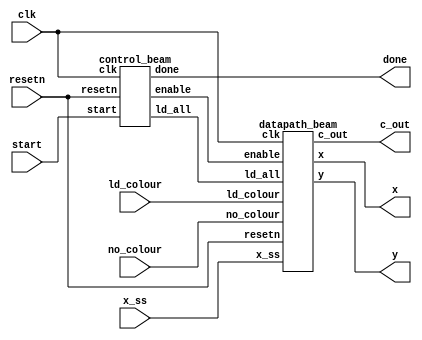
module beam(
		input clk,
		input resetn,
		input no_colour,
		input ld_colour,
		input start,
		input[7:0] x_ss,
		
		output [7:0] x,
		output [6:0] y,
		output [2:0] c_out,
		output done);
		
		
		wire ld_all, enable;
		
		datapath_beam d0(
			 .clk(clk),
			 .resetn(resetn),
			 .ld_all(ld_all),
			 .enable(enable),
			 .no_colour(no_colour),
			 .ld_colour(ld_colour),
			 .x_ss(x_ss),

			 .x(x),
			 .y(y),
			 .c_out(c_out));
			 
			 
		control_beam c0(
			 .clk(clk),
			 .resetn(resetn),
			 .start(start),

			 .ld_all(ld_all),
			 .enable(enable),
			 .done(done));
			 
		
endmodule



module datapath_beam(
    input clk,
    input resetn,
    input ld_all,
	 input enable,
	 input no_colour,
	 input ld_colour,
	 input [7:0] x_ss,

    output reg [7:0] x,
	 output reg [6:0] y,
	 output reg [2:0] c_out);

	 reg [7:0] x_hold;
	 reg [6:0] y_hold;
	 reg [2:0] c_hold;
	 
	 // Coordinates to draw on (a Veritcal line)
	 reg [9:0] counter;
	 reg [1:0] x_offset;
	 reg [6:0] y_offset;
	 reg double;

    // Registers x, y, c with respective input logic
    always @ (posedge clk) begin
        if (!resetn)
		  begin
            x <= 8'd0;
            y <= 7'd0;
            c_out <= 3'd0;
        end
		  else if (enable)
		  begin
				x <= x_hold + x_offset;
				y <= y_hold + y_offset;
				c_out <= c_hold;
		  end
    end

	 // Registers x_hold, y_hold, c_hold with respective input logic
    always @ (posedge clk) begin
        if (!resetn)
		  begin
            x_hold <= 8'd0;
            y_hold <= 7'd0;
				c_hold <= 3'd0;
        end
		  else if (ld_all)
		  begin
				x_hold <= x_ss;
				y_hold <= 7'd0;
		  end
		  if (ld_colour)
		  begin
			  if (no_colour)
					c_hold <= 3'd0;
			  else
					c_hold <= 3'd2;
		  end
    end
	 
	 

	 always@(posedge clk)
    begin: x_y_counter
        if(!resetn | !enable)
		  begin
            counter <= 10'd0;
				x_offset <= 2'd0;
				y_offset <= 7'd0;
		  end
        else if (enable)
		  begin
				if (double == 1'd1)
				begin
					double <= 1'd0;
				end
				else if (counter == 10'd459)
				begin
					counter <= 10'd0;
					x_offset <= 2'd0;
					y_offset <= 7'd0;
					double <= 1'd1;
				end
				
				else if (x_offset == 2'd3)
				begin
					x_offset <= 2'd0;
					y_offset <= y_offset + 1'd1;
					counter <= counter + 1'd1;
					double <= 1'd1;
				end

				else
				begin
					x_offset <= x_offset + 1'd1;
					counter <= counter + 1'd1;
					double <= 1'd1;
				end
		  end
    end // increment

endmodule



module control_beam(
    input clk,
    input resetn,
	 input start,

    output reg ld_all,
	 output reg enable,
	 output reg done);

    reg [4:0] current_state, next_state;
	 reg [10:0] counter;

	 wire wait_plot = (counter > 11'd919);

    localparam  S_DRAW       = 5'd0,
					 S_DONE       = 5'd1,
					 S_INITIAL    = 5'd2,

					 S_START        = 5'd3,
					 S_START_WAIT   = 5'd4;


	   // Next state logic aka our state table for plotting
    always@(*)
    begin: state_table
            case (current_state)
                S_START: next_state = start ? S_DRAW : S_START;
					 S_DRAW: next_state = wait_plot ? S_DONE : S_DRAW;
					 S_DONE: next_state = S_START;
            default:     next_state = S_START;
        endcase
    end // state_table



    // Output logic aka all of our datapath control signals
    always @(*)
    begin: enable_signals
        // By default make all our signals 0
        ld_all = 1'b0;
		  enable = 1'b0;
		  done = 1'b0;
		  case (current_state)
				  S_START:
				  begin
						ld_all = 1'b1;
				  end
				  S_DRAW:
				  begin
						enable = 1'b1;
				  end
				  S_DONE:
				  begin
						done = 1'b1;
				  end
				default: enable = 1'b0;
		  endcase
    end

	 always@(posedge clk)
    begin: sixteen_counter
        if(!resetn | !enable)
		  begin
            counter <= 11'd0;
		  end
        else
		  begin
            counter <= counter + 1'd1;
		  end
    end // counter

    // current_state registers
    always@(posedge clk)
    begin: state_FFs
        if(!resetn )
		  begin
            current_state <= S_START;
		  end
        else
		  begin
				current_state <= next_state;
		  end
    end // state_FFS
endmodule